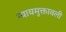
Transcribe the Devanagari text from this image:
न्यायमुक्तावली